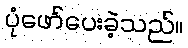
ပုံဖော်ပေးခဲ့သည်။